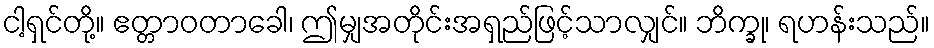
ငါ့ရှင်တို့။ ဧတ္တာဝတာခေါ၊ ဤမျှအတိုင်းအရှည်ဖြင့်သာလျှင်။ ဘိက္ခု၊ ရဟန်းသည်။